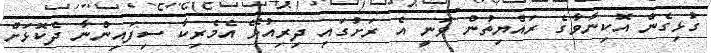
ގުޅިގެން އޮކިނާވާގެ ރައްޔިތުން ވަނީ އެ ރަށުގައި ދިރިއުޅޭ އެމެރިކާ ސިފައިންނާ ދެކޮޅަށް